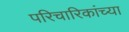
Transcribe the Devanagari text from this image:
परिचारिकांच्या